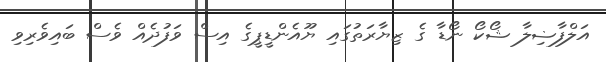
އަލްފާޟިލާ ޝޯކޯ ނޯޑާ ގެ ޒިޔާރަތުގައި ޔޫއެންޑީޕީގެ އިސް ވަފުދެއް ވެސް ބައިވެރިވި